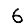
Digit: 6